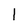
Character: 1